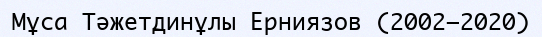
Мұса Тәжетдинұлы Ерниязов (2002–2020)